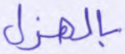
بالهزل